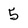
Character: 5